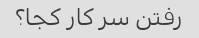
رفتن سر کار کجا؟